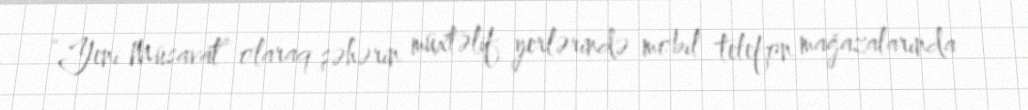
“Yeni Müsavat” olaraq şəhərin müxtəlif yerlərində mobil telefon mağazalarında